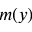
m ( y )